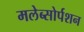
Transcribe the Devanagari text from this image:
मलेब्सोर्पशन